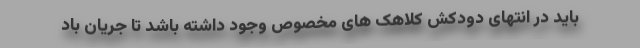
باید در انتهای دودکش کلاهک های مخصوص وجود داشته باشد تا جریان باد